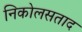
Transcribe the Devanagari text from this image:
निकोलसताद